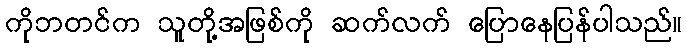
ကိုဘတင်က သူတို့အဖြစ်ကို ဆက်လက် ပြောနေပြန်ပါသည်။